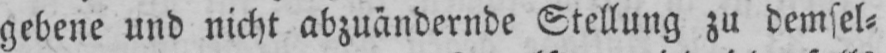
gebene und nicht abzuändernde Stellung zu demsel⸗